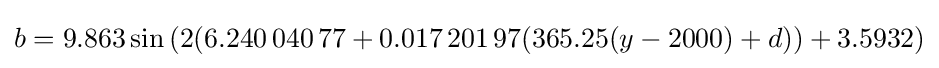
b=9.863\sin \left(2(6.240\,040\,77+0.017\,201\,97(365.25(y-2000)+d))+3.5932\right)